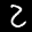
Label: 2